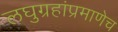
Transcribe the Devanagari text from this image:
लघुग्रहांप्रमाणेच